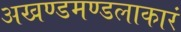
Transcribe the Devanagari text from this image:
अखण्डमण्डलाकारं